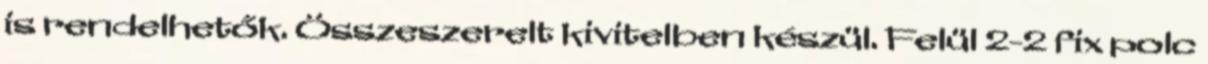
is rendelhetők. Összeszerelt kivitelben készül. Felül 2-2 fix polc